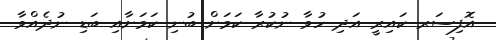
އޮފިސަރ ކައިރީ އަދި ހުވާ ނުކުރާ ކަމަށް ބުނި ކަމަށާއި ބަޑި ނުދެއްވާ